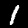
Digit: 1